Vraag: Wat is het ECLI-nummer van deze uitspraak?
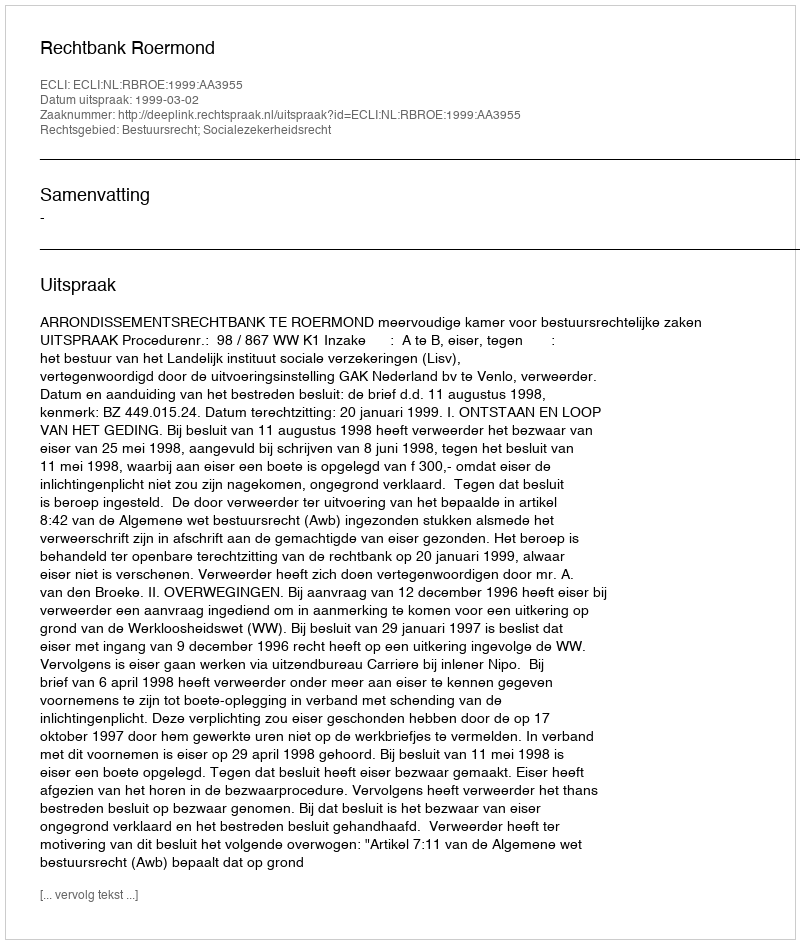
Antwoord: ECLI:NL:RBROE:1999:AA3955